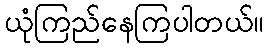
ယုံကြည်နေကြပါတယ်။